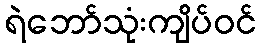
ရဲဘော်သုံးကျိပ်ဝင်